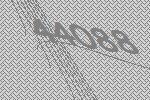
44088